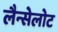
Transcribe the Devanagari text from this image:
लैन्सेलोट